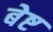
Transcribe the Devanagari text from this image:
बेष्ट